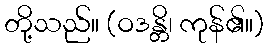
တို့သည်။ (ဝဒန္တိ၊ ကုန်၏။)